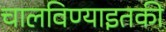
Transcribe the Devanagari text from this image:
चालविण्याइतकी